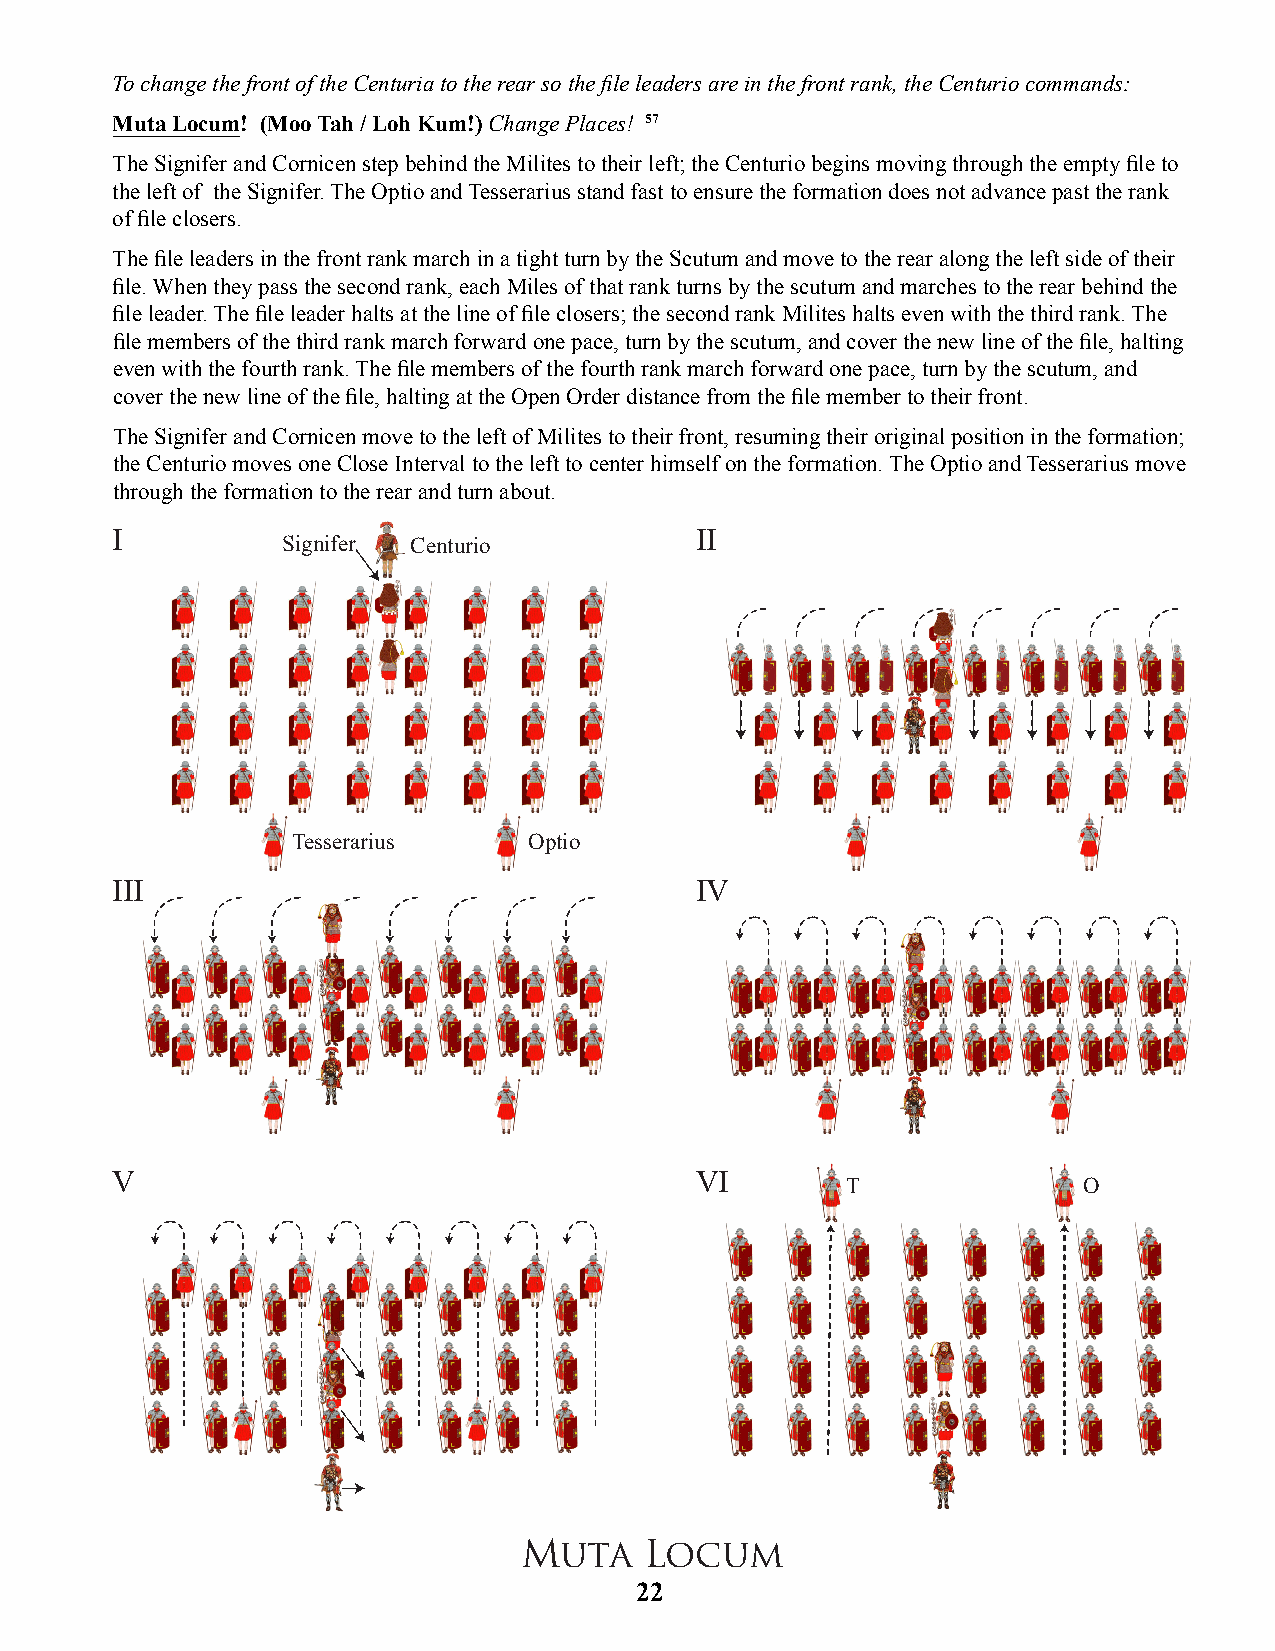
To change the front of the Centuria to the rear so the fi le leaders are in the front rank, the Centurio commands:
 Muta Locum! (Moo Tah / Loh Kum!) Change Places! 57
 The Signifer and Cornicen step behind the Milites to their left; the Centurio begins moving through the empty fi le to
 the left of the Signifer. The Optio and Tesserarius stand fast to ensure the formation does not advance past the rank
 of fi le closers.
 The fi le leaders in the front rank march in a tight turn by the Scutum and move to the rear along the left side of their
 fi le. When they pass the second rank, each Miles of that rank turns by the scutum and marches to the rear behind the
 fi le leader. The fi le leader halts at the line of fi le closers; the second rank Milites halts even with the third rank. The
 fi le members of the third rank march forward one pace, turn by the scutum, and cover the new line of the fi le, halting
 even with the fourth rank. The fi le members of the fourth rank march forward one pace, turn by the scutum, and
 cover the new line of the fi le, halting at the Open Order distance from the fi le member to their front.
 The Signifer and Cornicen move to the left of Milites to their front, resuming their original position in the formation;
 the Centurio moves one Close Interval to the left to center himself on the formation. The Optio and Tesserarius move
 through the formation to the rear and turn about.
 I                                      II
 Signifer Centurio
 Tesserarius     Optio
 III                                    IV
 V                                      VI
 T               O
 Muta     Locum
 22